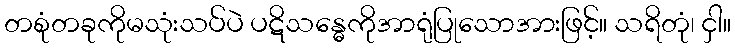
တစုံတခုကိုမသုံးသပ်ပဲ ပဋိသန္ဓေကိုအာရုံပြုသောအားဖြင့်။ သရိတုံ၊ ငှါ။